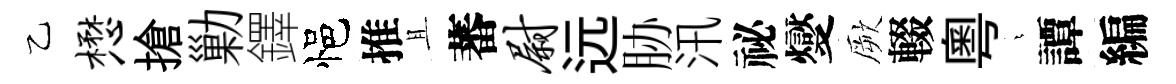
乙懋搶勦鐸悒推且蕃尉远胁汛祕燮厥輟粤燁譚編